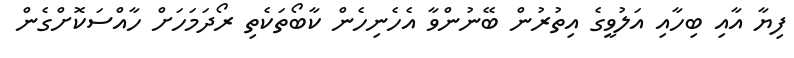
ފިޔާ އާއި ބިހާއި އަލުވީގެ އިތުރުން ބޭނުންވާ އެހެނިހެން ކާބޯތަކެތި ރޯދަމަހަށް ހާއްސަކޮށްގެން